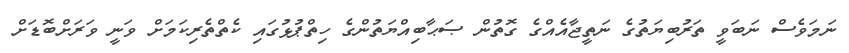
ނަމަވެސް ނަބަވީ ތަރުބިޔަތުގެ ނަތީޖާއެއްގެ ގޮތުން ޞަޙާބިއްޔަތުންގެ ހިތްޕުޅުގައި ކެތްތެރިކަމަށް ވަނީ ވަރަށްބޮޑަށް